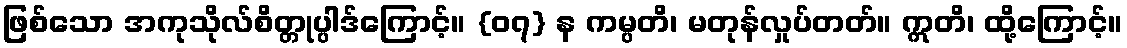
ဖြစ်သော အကုသိုလ်စိတ္တုပ္ပါဒ်ကြောင့်။ {၀၇} န ကမ္ပတိ၊ မတုန်လှုပ်တတ်။ ဣတိ၊ ထို့ကြောင့်။